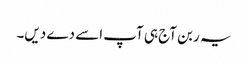
یہ ربن آج ہی آپ اسے دے دیں۔